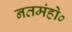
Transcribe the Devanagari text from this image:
नतमंहो०